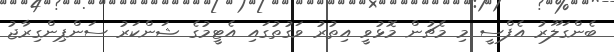
ބެންގަލޫރު އެފްސީ މި މެޗުން މޮޅުވީ އިތުރު ވަގުތުގައި އެޓީމުގެ ޝަންކަރު ސަންޕިންގިރާޖު